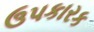
ઉપકારક